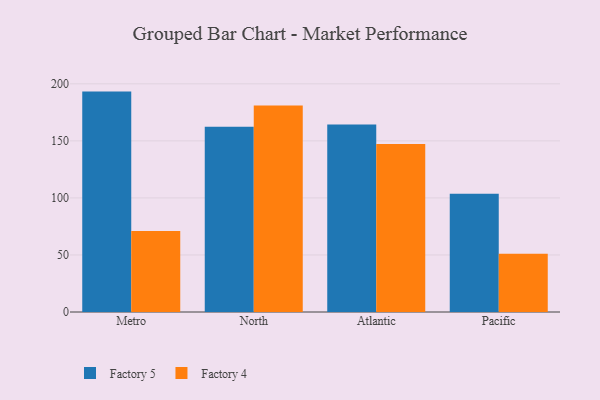
{"axis": {"x": "Region", "y": "Population (Million)"}, "legend": ["Factory 4", "Factory 5"], "data": [{"x": "Metro", "y": 193.2, "type": "Factory 5"}, {"x": "Metro", "y": 71.1, "type": "Factory 4"}, {"x": "North", "y": 162.4, "type": "Factory 5"}, {"x": "North", "y": 181.1, "type": "Factory 4"}, {"x": "Atlantic", "y": 164.4, "type": "Factory 5"}, {"x": "Atlantic", "y": 147.2, "type": "Factory 4"}, {"x": "Pacific", "y": 103.7, "type": "Factory 5"}, {"x": "Pacific", "y": 51.1, "type": "Factory 4"}]}